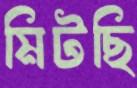
মিটছি